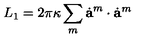
L _ { 1 } = 2 \pi \kappa \sum _ { m } \dot { \bf a } ^ { m } \cdot \dot { \bf a } ^ { m }